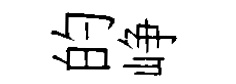
的峥